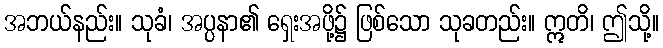
အဘယ်နည်း။ သုခံ၊ အပ္ပနာ၏ ရှေးအဖို့၌ ဖြစ်သော သုခတည်း။ ဣတိ၊ ဤသို့။